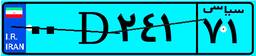
۹۶D۱۴۱۰۸